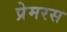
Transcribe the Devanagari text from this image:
प्रेमरस